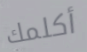
أكلمك